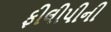
ફીલીપીની